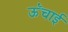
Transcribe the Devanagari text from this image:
ऊॅंचाई